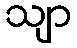
သျာ